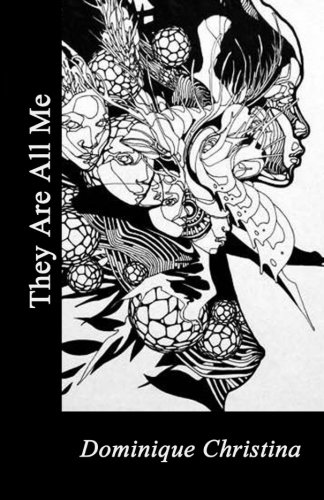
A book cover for They Are All Me; Dominque Christina; Literature & Fiction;